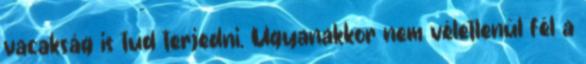
vacakság is tud terjedni. Ugyanakkor nem véletlenül fél a